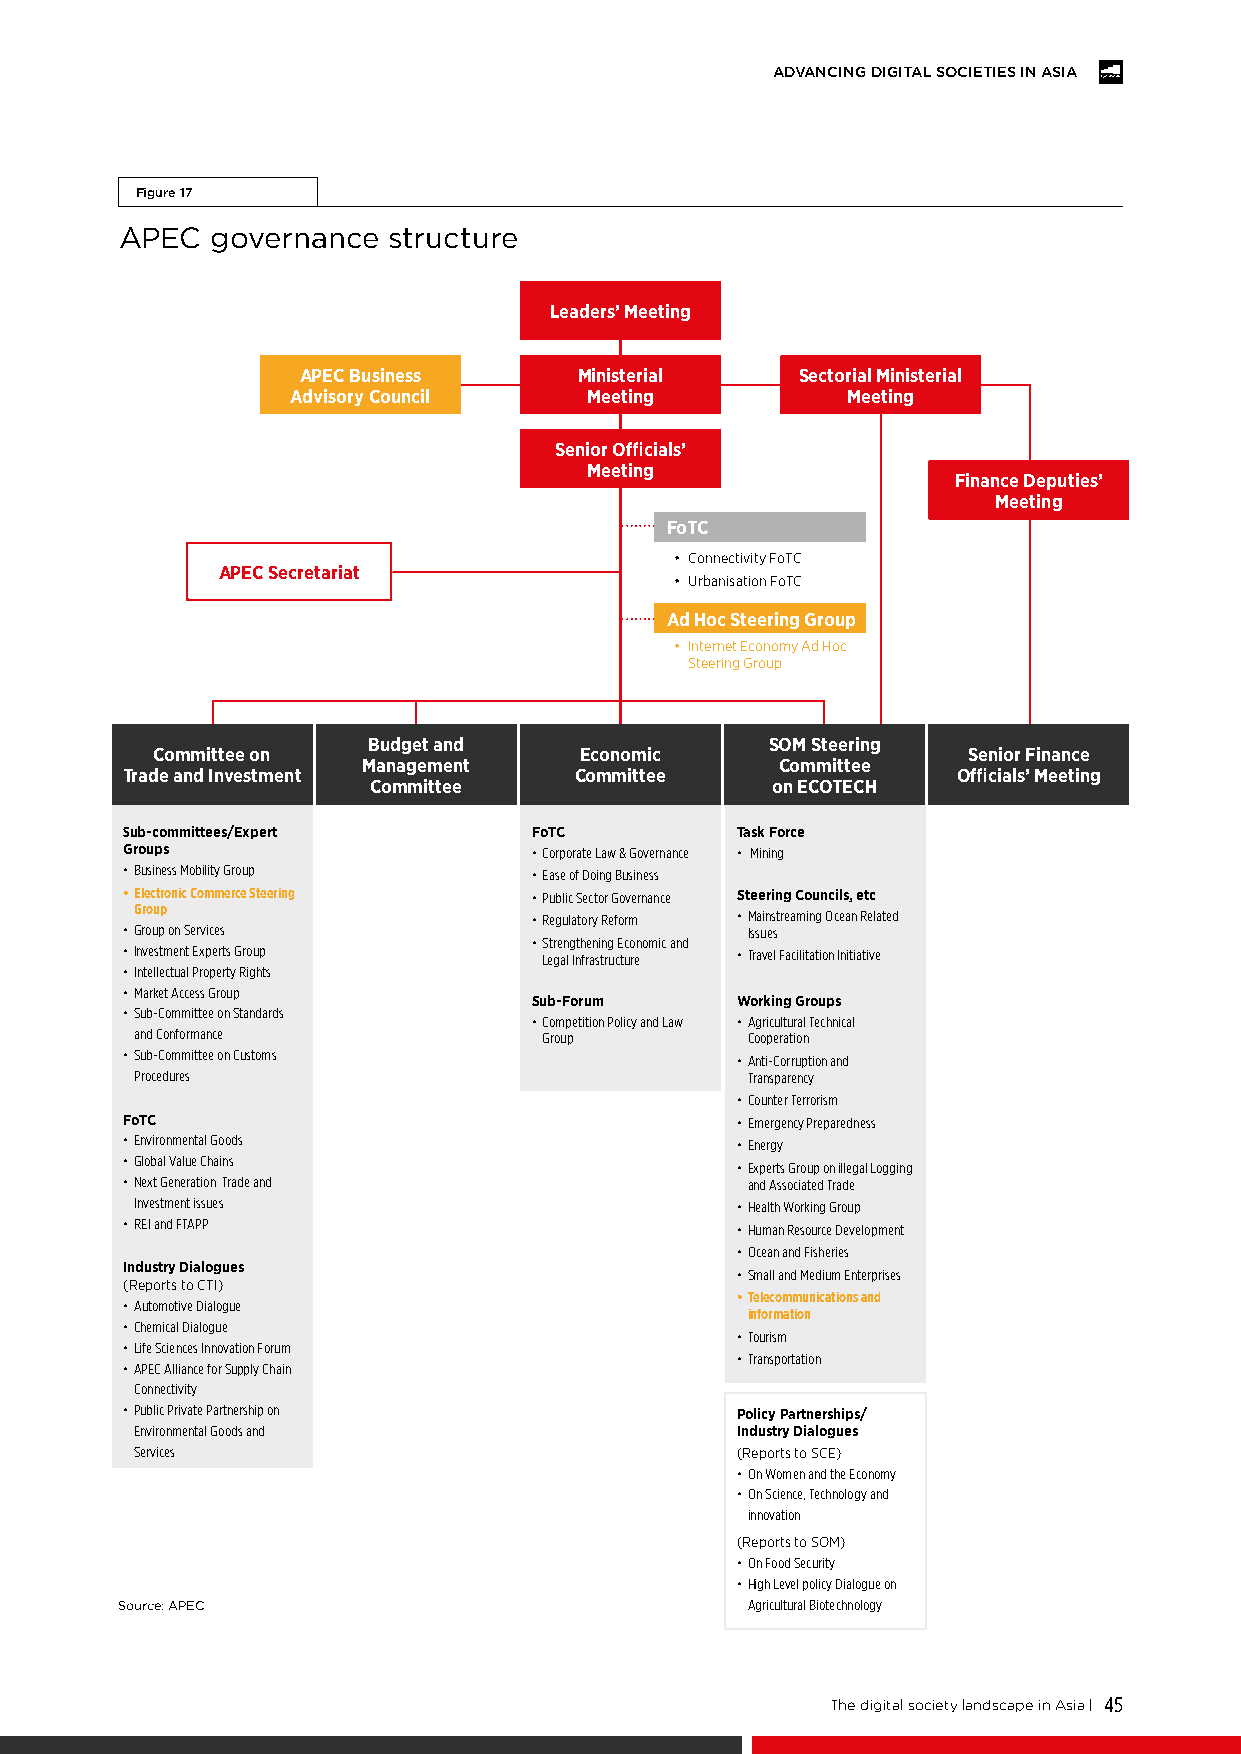
ADVANCING DIGITAL SOCIETIES IN ASIA
 Figure 17
 APEC  governance  structure
 Leaders’ Meeting
 APEC Business     Ministerial    Sectorial Ministerial
 Advisory Council    Meeting          Meeting
 Senior Officials’
 Meeting
 Finance Deputies’
 Meeting
 FoTC
 • Connectivity FoTC
 APEC Secretariat
 • Urbanisation FoTC
 Ad Hoc Steering Group
 • Internet Economy Ad Hoc
 Steering Group
 Budget and                 SOM Steering
 Committee on                Economic                  Senior Finance
 Management                  Committee
 Trade and Investment          Committee                Officials’ Meeting
 Committee                 on ECOTECH
 Sub-committees/Expert      FoTC          Task Force
 Groups                     • Corporate Law & Governance • Mining
 • Business Mobility Group  • Ease of Doing Business
 • Electronic Commerce Steering • Public Sector Governance Steering Councils, etc
 Group                     • Regulatory Reform • Mainstreaming Ocean Related
 • Group on Services                      Issues
 • Strengthening Economic and
 • Investment Experts Group  Legal Infrastructure • Travel Facilitation Initiative
 • Intellectual Property Rights
 • Market Access Group
 Sub-Forum     Working Groups
 • Sub-Committee on Standards
 • Competition Policy and Law • Agricultural Technical
 and Conformance            Group        Cooperation
 • Sub-Committee on Customs               • Anti-Corruption and
 Procedures                              Transparency
 • Counter Terrorism
 FoTC                                     • Emergency Preparedness
 • Environmental Goods                    • Energy
 • Global Value Chains
 • Experts Group on illegal Logging
 • Next Generation Trade and              and Associated Trade
 Investment issues                       • Health Working Group
 • REI and FTAPP                          • Human Resource Development
 • Ocean and Fisheries
 Industry Dialogues
 • Small and Medium Enterprises
 (Reports to CTI)
 • Telecommunications and
 • Automotive Dialogue
 information
 • Chemical Dialogue
 • Tourism
 • Life Sciences Innovation Forum
 • Transportation
 • APEC Alliance for Supply Chain
 Connectivity
 • Public Private Partnership on          Policy Partnerships/
 Environmental Goods and                 Industry Dialogues
 Services                                (Reports to SCE)
 • On Women and the Economy
 • On Science, Technology and
 innovation
 (Reports to SOM)
 • On Food Security
 • High Level policy Dialogue on
 Source: APEC                             Agricultural Biotechnology
 The digital society landscape in Asia | 45